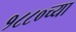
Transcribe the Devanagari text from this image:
१८८०च्या